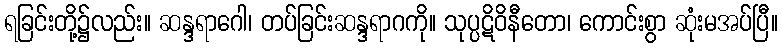
ရခြင်းတို့၌လည်း။ ဆန္ဒရာဂေါ၊ တပ်ခြင်းဆန္ဒရာဂကို။ သုပ္ပဋိဝိနီတော၊ ကောင်းစွာ ဆုံးမအပ်ပြီ။